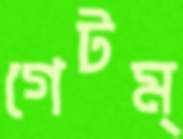
গেটম্